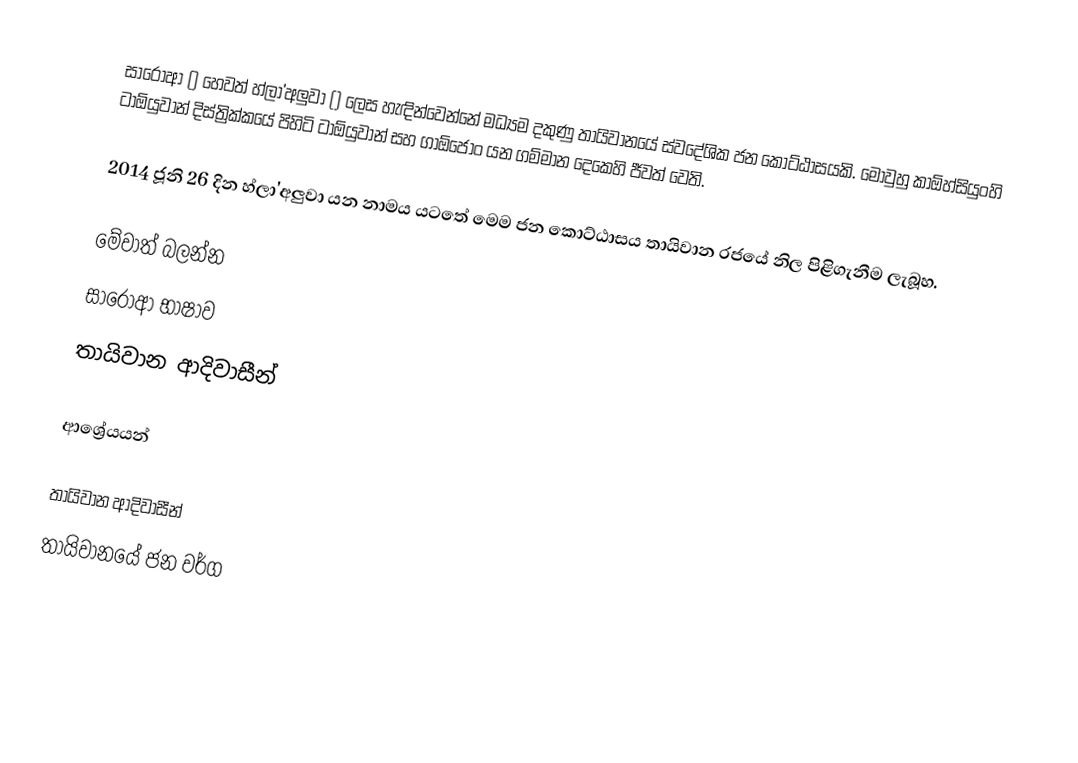
සාරෝආ () හෙවත් හ්ලා'අලුවා () ලෙස හැඳින්වෙන්නේ මධ්‍යම දකුණු තායිවානයේ ස්වදේශික ජන කොට්ඨාසයකි. මොවුහු කාඕහ්සියුංහි ටාඕයුවාන් දිස්ත්‍රික්කයේ පිහිටි ටාඕයුවාන් සහ ගාඕජොං යන ගම්මාන දෙකෙහි ජීවත් වෙති.

2014 ජූනි 26 දින හ්ලා'අලුවා යන නාමය ‍යටතේ මෙම ජන කොට්ඨාසය තායිවාන රජයේ නිල පිළිගැනීම ලැබූහ.

මේවාත් බලන්න
 සාරෝආ භාෂාව
 තායිවාන ආදිවාසීන්

ආශ්‍රේයයන්

තායිවාන ආදිවාසීන්
තායිවානයේ ජන වර්ග